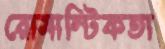
রোমান্টিকতা